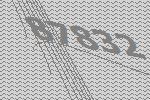
87832